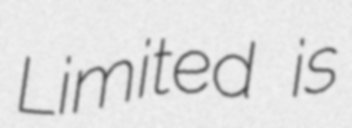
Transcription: Limited is